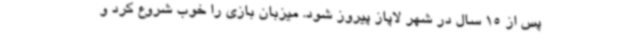
پس از 15 سال در شهر لاپاز پیروز شود. میزبان بازی را خوب شروع کرد و